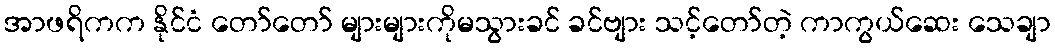
အာဖရိကက နိုင်ငံ တော်တော် များများကိုမသွားခင် ခင်ဗျား သင့်တော်တဲ့ ကာကွယ်ဆေး သေချာ